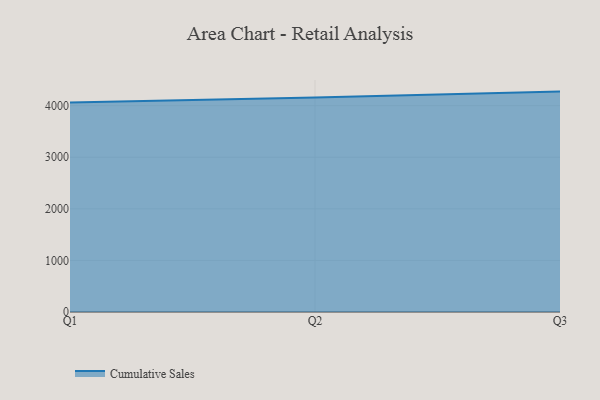
{"axis": {"x": "Quarter", "y": "Energy Usage (MWh)"}, "legend": ["Cumulative Sales"], "data": [{"x": "Q1", "y": 4060.6, "type": "Cumulative Sales"}, {"x": "Q2", "y": 4157.2, "type": "Cumulative Sales"}, {"x": "Q3", "y": 4273.1, "type": "Cumulative Sales"}]}